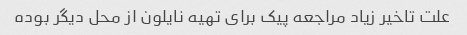
علت تاخیر زیاد مراجعه پیک برای تهیه نایلون از محل دیگر بوده